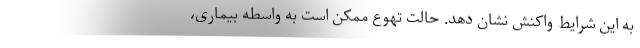
به این شرایط واکنش نشان دهد. حالت تهوع ممکن است به واسطه بیماری،